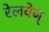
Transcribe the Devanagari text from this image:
रेलवेज्